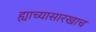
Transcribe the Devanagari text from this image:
ह्याच्यासारखाच